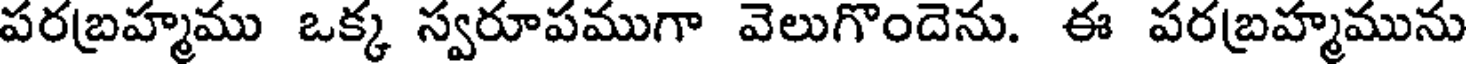
పరబ్రహ్మము ఒక్క స్వరూపముగా వెలుగొందెను. ఈ పరబ్రహ్మమును